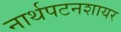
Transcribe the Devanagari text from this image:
नार्थपटनशायर